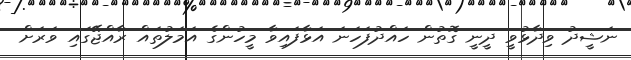
ނަޝީދު ވިދާޅުވީ ދީނީ ގޮތުން ހައްދުފަހަނަ އަޅާފައިވާ މީހުންގެ އަމަލުތައް ރާއްޖޭގައި ވަރަށް